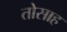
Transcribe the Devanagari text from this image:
तोसाह